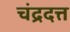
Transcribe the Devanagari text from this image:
चंद्रदत्त